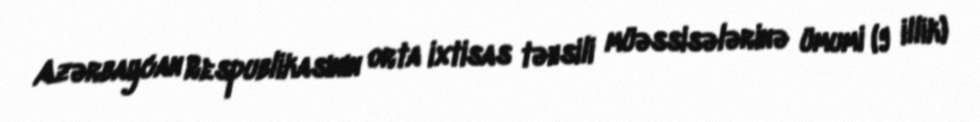
Azərbaycan Respublikasının orta ixtisas təhsili müəssisələrinə ümumi (9 illik)